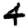
Digit: 4